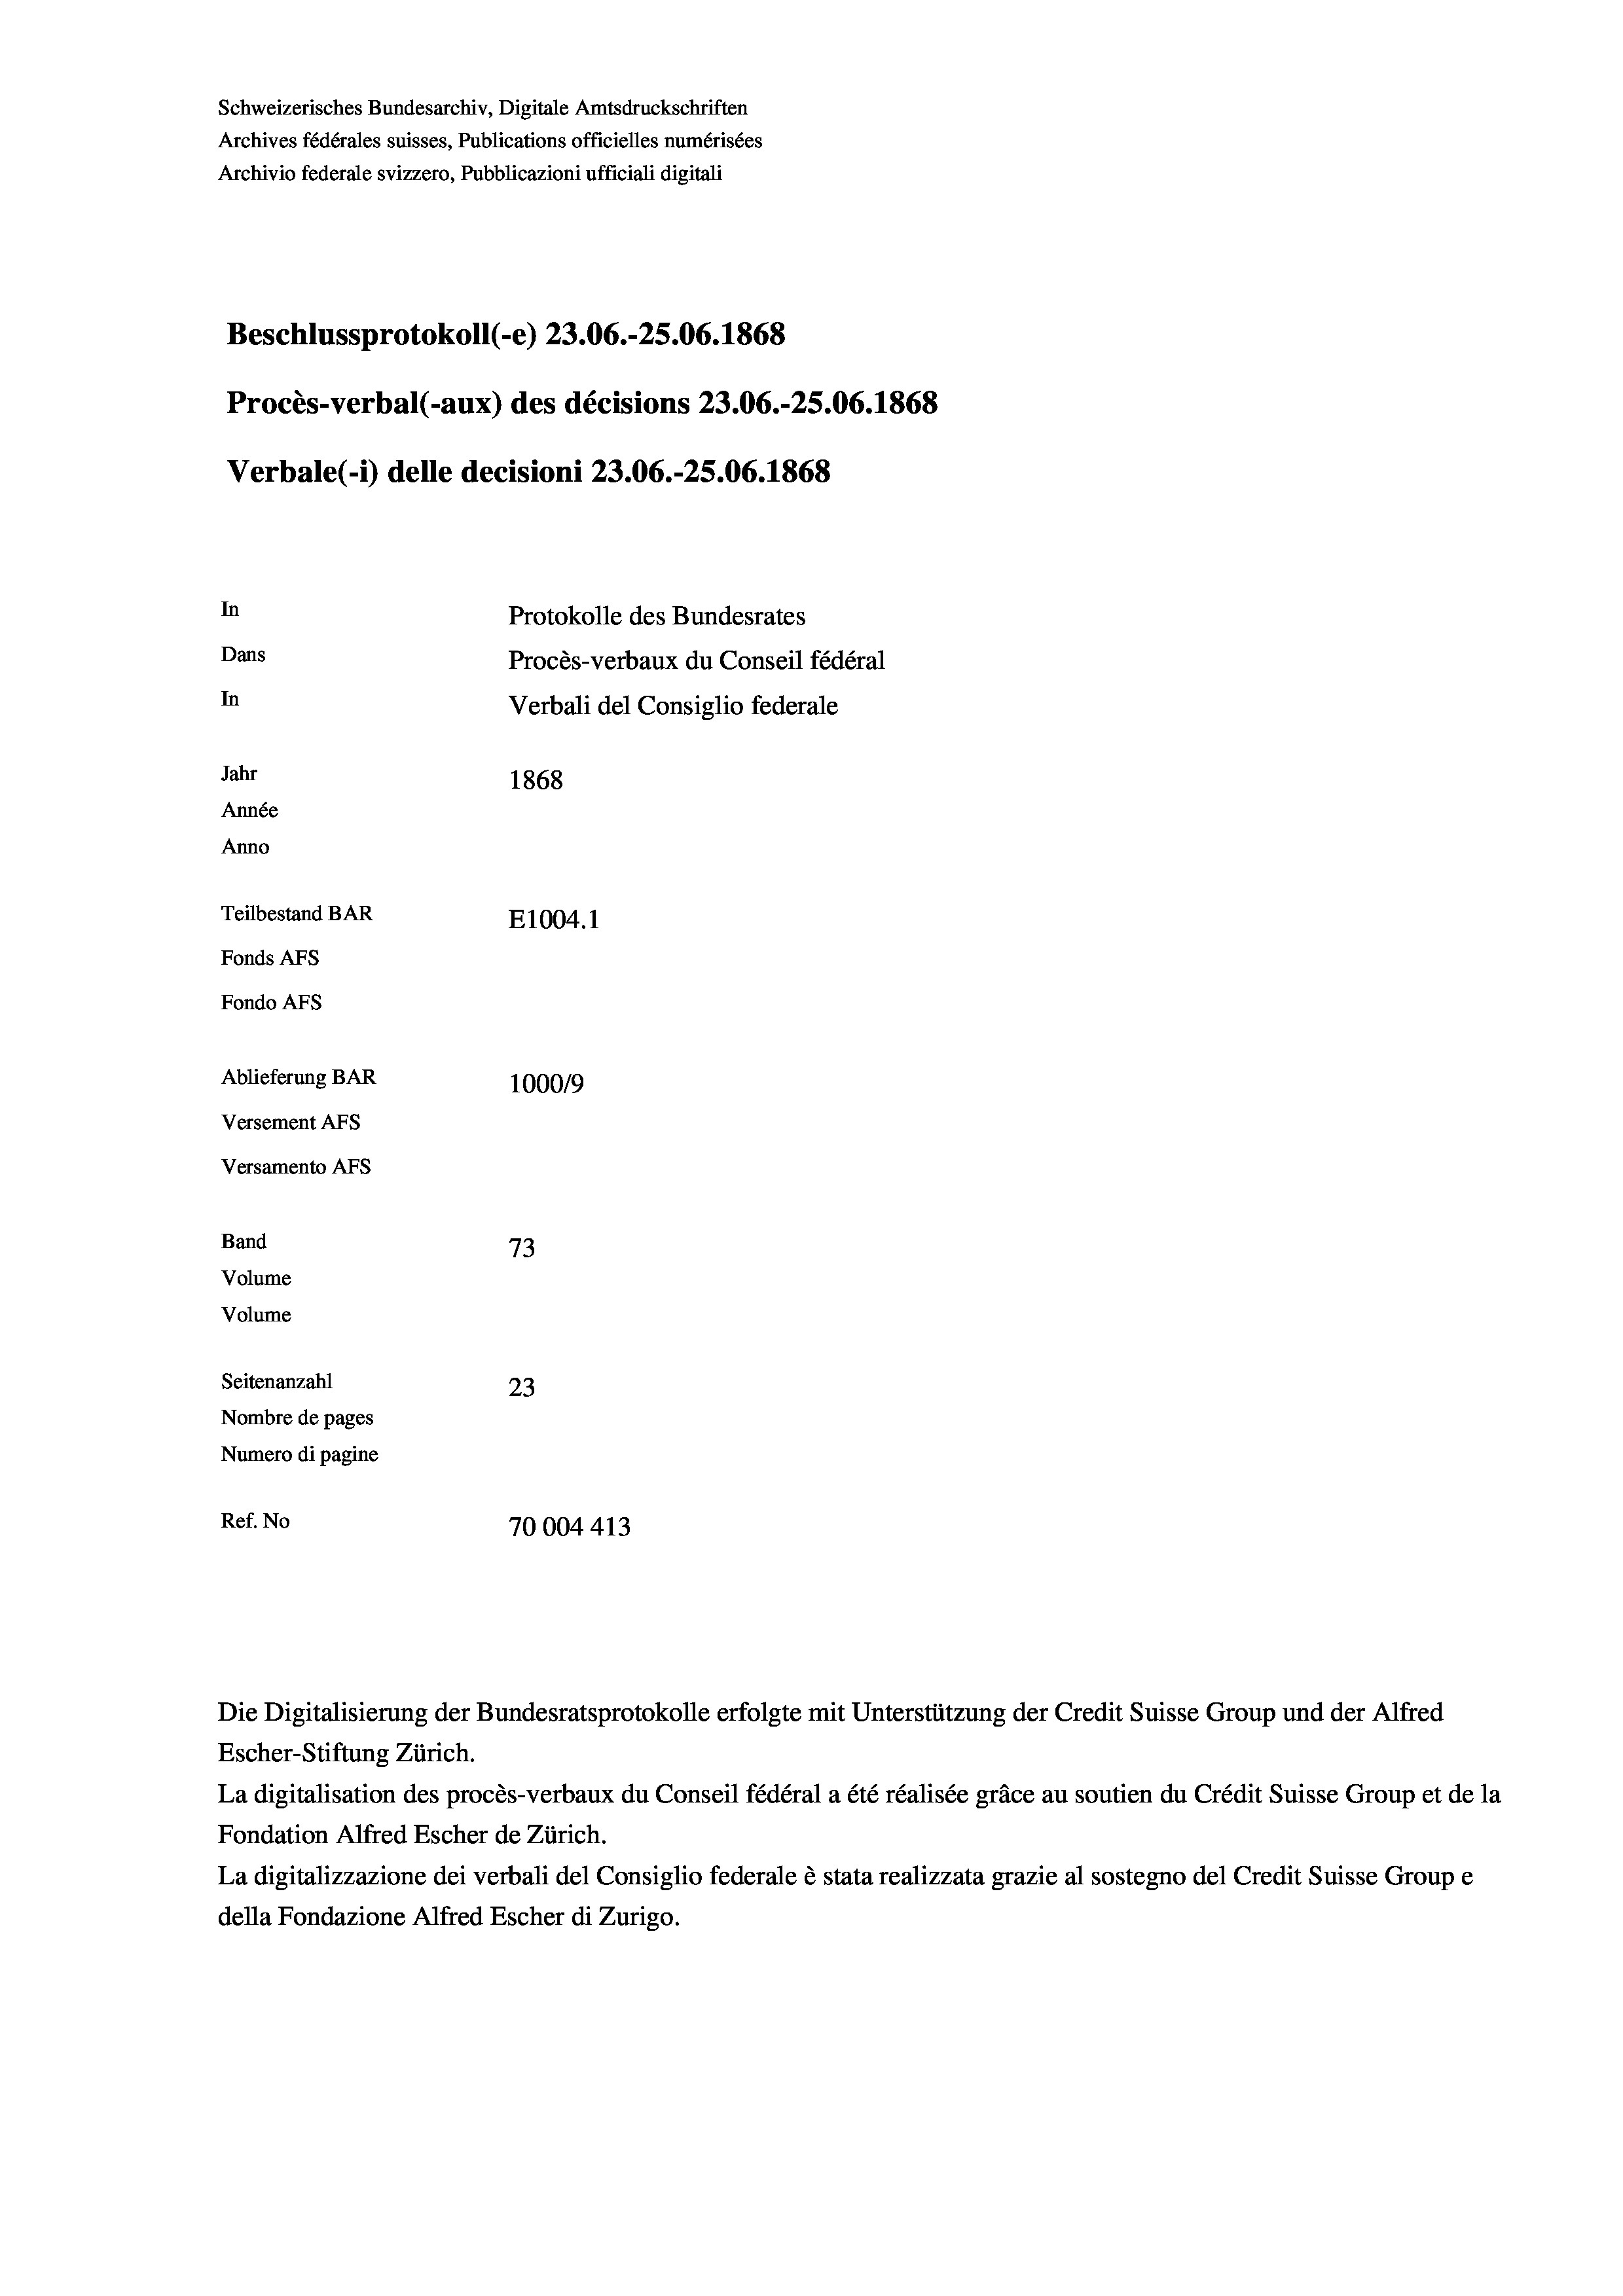
Schweizerisches Bundesarchiv, Digitale Amtsdruckschriften
Archives fédérales suisses, Publications officielles numérisées
Archivio federale svizzero, Pubblicazioni ufficiali digitali
Beschlussprotokoll (-e) 23.06.-25.06. 1868
Procès-verbal (-aux) des décisions 23.06.-25.06. 1868
Verbale (i) delle decisioni 23.06.-25.06. 1868
In
Protokolle des Bundesrates
Dans
Procès-verbaux du Conseil fédéral
In
Verbali del Consiglio federale
Jahr
1868
Année
Anno
Teilbestand BAR
E1004. 1
Fonds AFs
Fondo AFS
Ablieferung BAR
100019
Versement AFs
Versamento AFs

73
Seitenanzahl
23
Nombre de pages
Numero di pagine
Ref. No
70004413

Band
Volume

Volume

Escher-Stiftung Zürich.
La digitalisation des procès-verbaux du Conseil fédéral a été réalisée gräce au soutien du Crédit Suisse Group et de la
Fondation Alfred Escher de Zürich.
La digitalizzazione dei verbali del Consiglio federale è stata realizzata grazie al sostegno del Credit Suisse Groupe
della Fondazione Alfred Escher di Zurigo.

Die Digitalisierung der Bundesratsprotokolle erfolgte mit Unterstützung der Credit Suisse Group und der Alfred